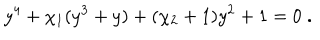
y ^ { 4 } + \chi _ { 1 } ( y ^ { 3 } + y ) + ( \chi _ { 2 } + 1 ) y ^ { 2 } + 1 = 0 \; .